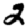
Digit: 2